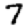
Digit: 7